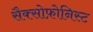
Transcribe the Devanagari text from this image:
सैक्सोफ़ोनिस्ट